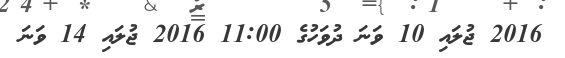
2016 ޖުލައި 10 ވަނަ ދުވަހުގެ 11:00 2016 ޖުލައި 14 ވަނަ